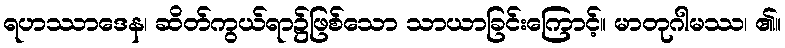
ရဟဿာဒေန၊ ဆိတ်ကွယ်ရာ၌ဖြစ်သော သာယာခြင်းကြောင့်။ မာတုဂါမဿ၊ ၏။